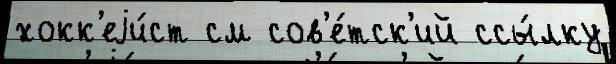
хокк'еjи́ст см сов'е́тск'ий ссы́лку